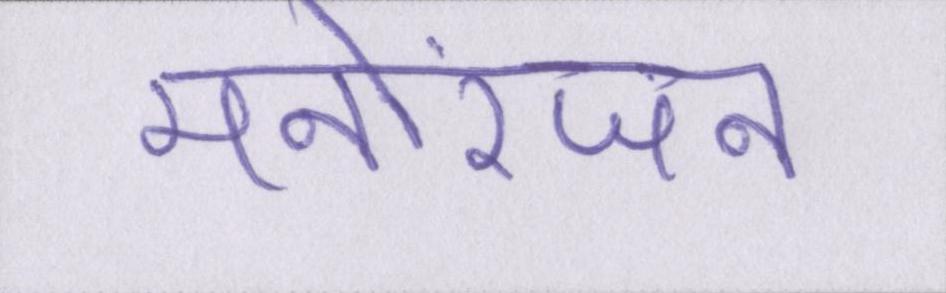
मनोरंजन